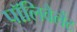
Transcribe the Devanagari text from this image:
पॉलिवैलेंट